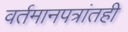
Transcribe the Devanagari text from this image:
वर्तमानपत्रांतही